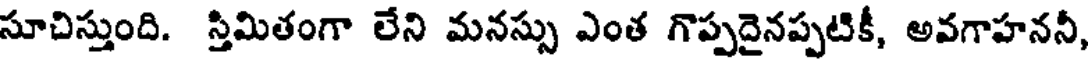
సూచిస్తుంది. స్తిమితంగా లేని మనస్సు ఎంత గొప్పదైనప్పటికీ, అవగాహననీ,